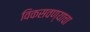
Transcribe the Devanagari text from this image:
विकसवण्याचा